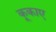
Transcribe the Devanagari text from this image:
कूकाए